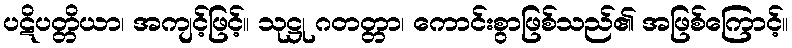
ပဋိပတ္တိယာ၊ အကျင့်ဖြင့်။ သုဋ္ဌု ဂတတ္တာ၊ ကောင်းစွာဖြစ်သည်၏ အဖြစ်ကြောင့်။